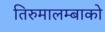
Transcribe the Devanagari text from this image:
तिरुमालम्बाको